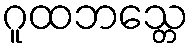
ဂူထဘသ္တေ